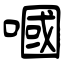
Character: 嘓